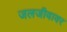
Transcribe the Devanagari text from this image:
जलजीवावर